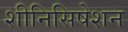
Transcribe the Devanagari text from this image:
शीनिसिषेशन